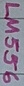
Text: LM556